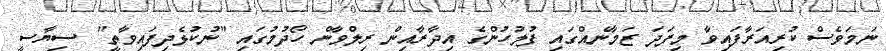
ނަމަވެސް ކުރިއަރާފައިވާ މިފަދަ ޒަމާނެއްގައި ފުލުހުންގެ އިދާރާއިން ރިލްވާން ހޯދުމުގައި "ނުކުޅެދިފައިވާތީ" ސިޔާސީ